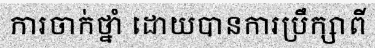
ការចាក់ថ្នាំ ដោយបានការប្រឹក្សាពី